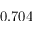
0 . 7 0 4